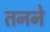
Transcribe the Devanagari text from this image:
तनने